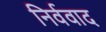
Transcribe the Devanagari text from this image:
निर्ववाद